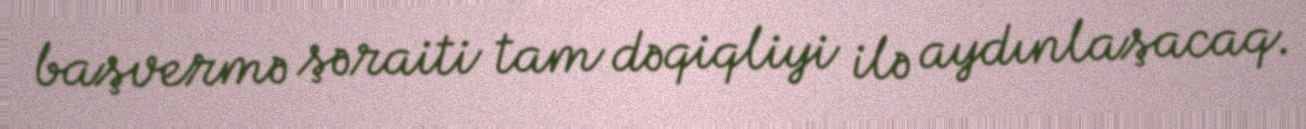
başvermə şəraiti tam dəqiqliyi ilə aydınlaşacaq.